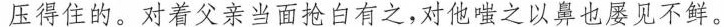
压得住的，对着父亲当面抢白有之，对他嗤之以鼻也屡见不鲜。